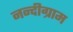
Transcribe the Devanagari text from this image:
नन्दीग्राम